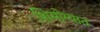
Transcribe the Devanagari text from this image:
शिमोग्यात